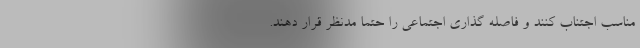
مناسب اجتناب کنند و فاصله گذاری اجتماعی را حتماً مدنظر قرار دهند.